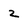
Character: 2